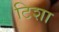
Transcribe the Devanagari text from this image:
टिशा